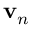
\mathbf { v } _ { n }